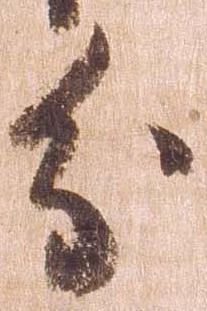
分